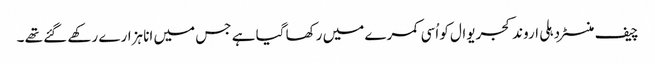
چیف منسٹر دہلی اروند کجریوال کو اُسی کمرے میں رکھا گیا ہے جس میں انا ہزارے رکھے گئے تھے ۔